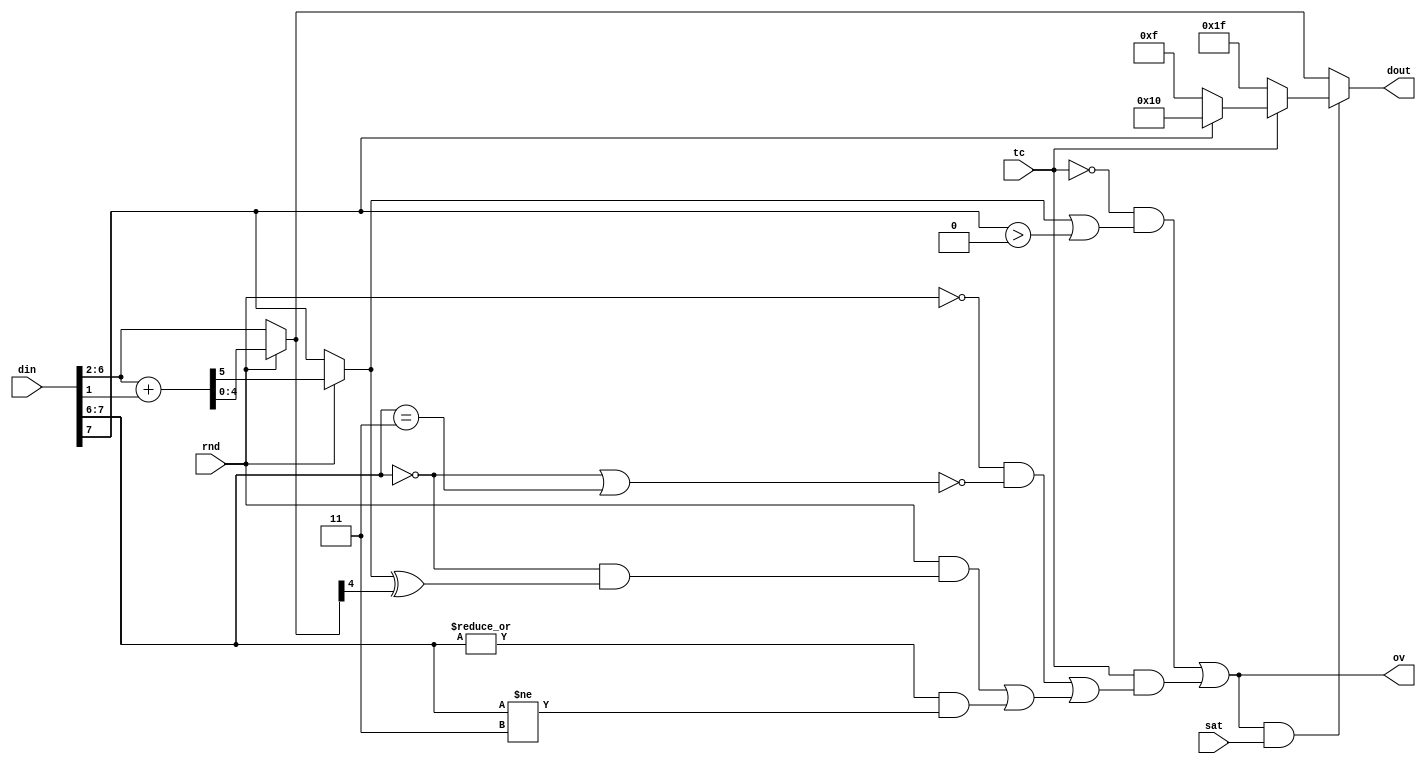


//--------------------------------------------------------------------------------------------------
//
// Title       : DW01_satrnd
// Design      : Arithmetis Saturation and rounding logic

//-------------------------------------------------------------------------------------------------
//
// Description : DW01_satrnd performs arithmetic, precision-handling rounding and saturation functions
// on its input bus din. The width of the din bus is set with the width parameter. The output bus, 
// dout, is a subset of din. The width of dout is determined by the msb_out and lsb_out parameters 
// such that dout equals din(msb_out:lsb_out). 
//
// Fixes :  Nithin
//					VCS Error Fix - When width = msb_out + 1, part select becomes reversed
//-------------------------------------------------------------------------------------------------
`timescale 1 ns / 10ps 
module DW01_satrnd ( din, tc, sat, rnd, ov, dout )/* synthesis syn_builtin_du = "weak" */;

parameter width = 8;
parameter msb_out = 6;
parameter lsb_out = 2;  

//Input/output declaration
input [width - 1 : 0]          din;
input 						   tc;    
input 						   sat;   
input 						   rnd;   
output						   ov;   

output [msb_out - lsb_out : 0] dout;

//Internal signal declaration
reg [msb_out - lsb_out : 0]   sum;
reg                           carry;
wire [msb_out - lsb_out : 0]   dout;
reg                           ov1;
wire                           ov2;
wire                           carry_in;

//Carry generation logic based on input rnd

always @ ( rnd or din )
	if ( rnd && lsb_out != 0 )
		{carry,sum} = din[msb_out : lsb_out] + din[lsb_out - 1];
	else
		begin 
			if ( msb_out == width - 1 )
				{carry,sum} = {1'b0,din[msb_out : lsb_out]}; 
			else
				{carry,sum} = {din[msb_out + 1],din[msb_out : lsb_out]};   
		end		
	
//Overflow logic
always @( tc or carry or din )
	if ( width - 1 == msb_out )
		ov1 = !tc & carry ;
	else 
		ov1 = !tc & ( carry | din[((width - 1 > msb_out + 1) ? width - 1 : msb_out + 1) : ((width - 1 <= msb_out + 1) ? width - 1 : msb_out + 1) ] > 0 );

//assign carry_in = (rnd & lsb_out != 0) ?  & din[msb_out - 1 : lsb_out - 1] : 1'b0; 
assign carry_in = (lsb_out == 0 ) ? 1'b0 : (rnd ?  & din[msb_out - 1 : lsb_out - 1] : 1'b0); 

assign ov2 = ( width - 1 == msb_out ) ? carry ^ carry_in : ( !rnd && ~(din[width - 1 : msb_out] == 0 || din[width - 1 : msb_out] == {width - msb_out {1'b1}})) || ( rnd && ( din[width - 1 : msb_out] == 0 && (carry ^ sum[msb_out-lsb_out])) || ( |din[width - 1 : msb_out] && din[width - 1 : msb_out] != {width - msb_out {1'b1}})); 
assign ov = ov1 | ( tc & ov2 );

//Saturation logic
assign dout = ov & sat ?  ( tc ? ( din[width - 1] ? {1'b1,{msb_out - lsb_out {1'b0}}} : {1'b0, {msb_out - lsb_out {1'b1}}}) : {msb_out - lsb_out + 1{1'b1}} ) : sum;

endmodule